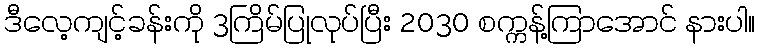
ဒီလေ့ကျင့်ခန်းကို 3ကြိမ်ပြုလုပ်ပြီး 2030 စက္ကန့်ကြာအောင် နားပါ။